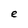
Character: e